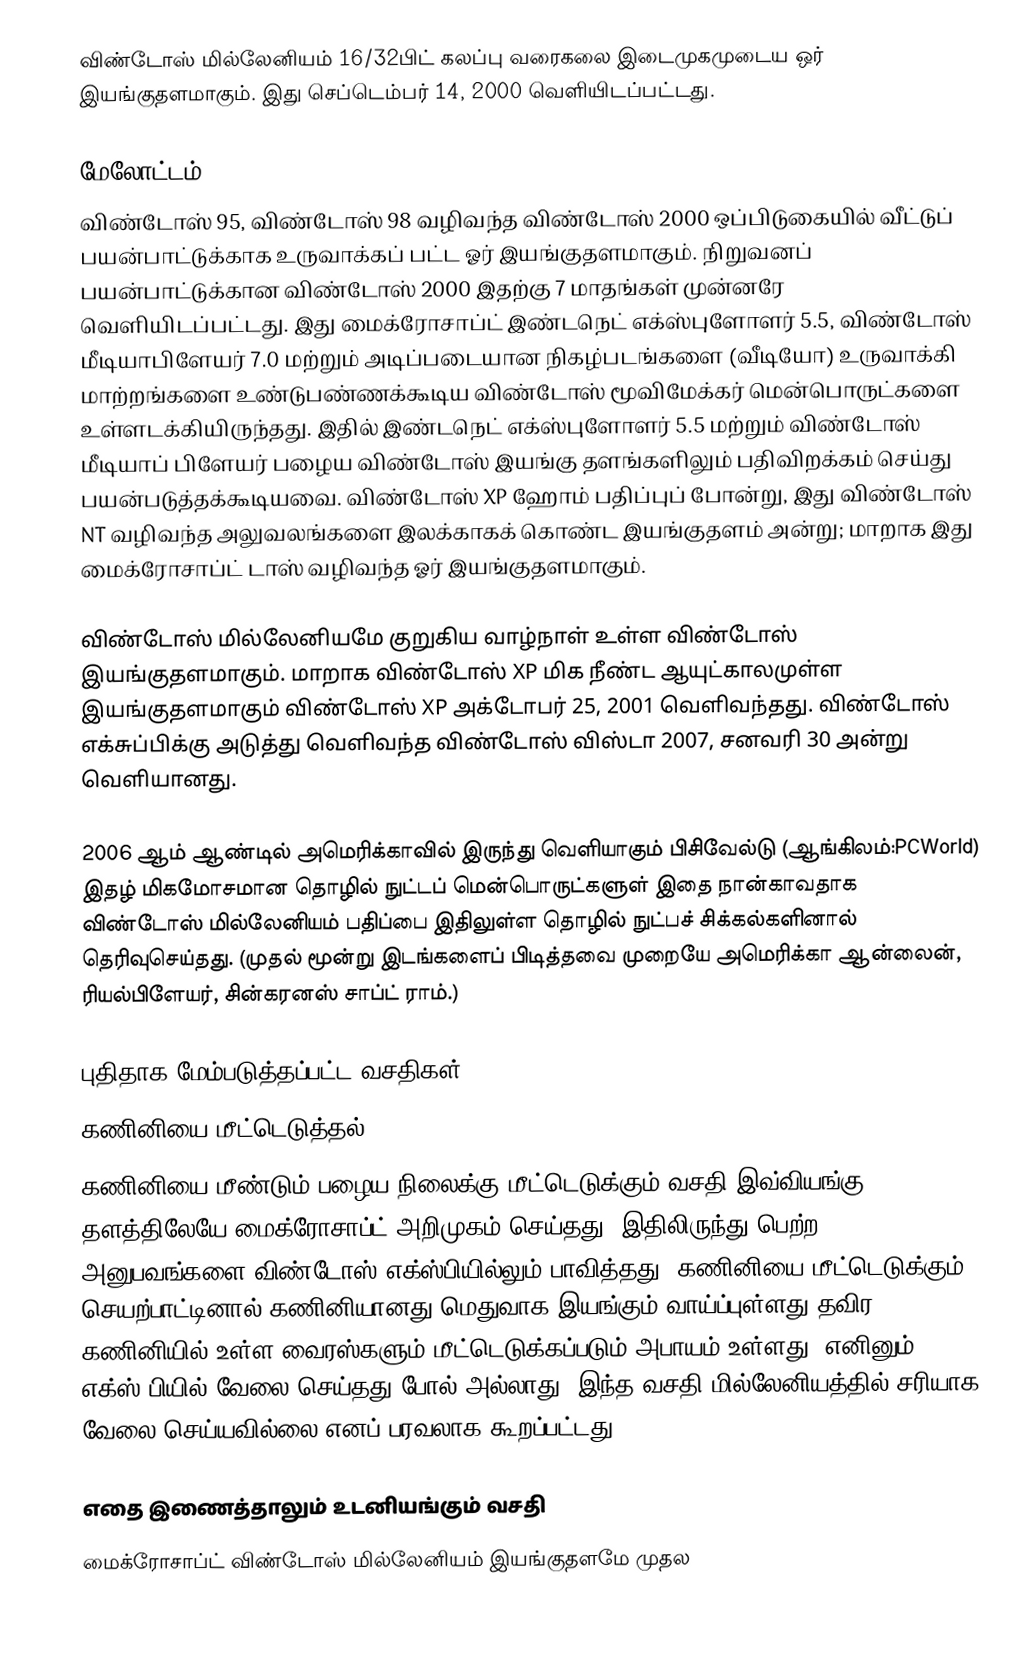
விண்டோஸ் மில்லேனியம் 16/32பிட் கலப்பு வரைகலை இடைமுகமுடைய ஒர் இயங்குதளமாகும். இது செப்டெம்பர் 14, 2000 வெளியிடப்பட்டது.

மேலோட்டம்
விண்டோஸ் 95, விண்டோஸ் 98 வழிவந்த விண்டோஸ் 2000 ஒப்பிடுகையில் வீட்டுப் பயன்பாட்டுக்காக உருவாக்கப் பட்ட ஓர் இயங்குதளமாகும். நிறுவனப் பயன்பாட்டுக்கான விண்டோஸ் 2000 இதற்கு 7 மாதங்கள் முன்னரே வெளியிடப்பட்டது. இது மைக்ரோசாப்ட் இண்டநெட் எக்ஸ்புளோளர் 5.5, விண்டோஸ் மீடியாபிளேயர் 7.0 மற்றும் அடிப்படையான நிகழ்படங்களை (வீடியோ) உருவாக்கி மாற்றங்களை உண்டுபண்ணக்கூடிய விண்டோஸ் மூவிமேக்கர் மென்பொருட்களை உள்ளடக்கியிருந்தது. இதில் இண்டநெட் எக்ஸ்புளோளர் 5.5 மற்றும் விண்டோஸ் மீடியாப் பிளேயர் பழைய விண்டோஸ் இயங்கு தளங்களிலும் பதிவிறக்கம் செய்து பயன்படுத்தக்கூடியவை. விண்டோஸ் XP ஹோம் பதிப்புப் போன்று, இது விண்டோஸ் NT வழிவந்த அலுவலங்களை இலக்காகக் கொண்ட இயங்குதளம் அன்று; மாறாக இது மைக்ரோசாப்ட் டாஸ் வழிவந்த ஓர் இயங்குதளமாகும்.

விண்டோஸ் மில்லேனியமே குறுகிய வாழ்நாள் உள்ள விண்டோஸ் இயங்குதளமாகும். மாறாக விண்டோஸ் XP மிக நீண்ட ஆயுட்காலமுள்ள இயங்குதளமாகும் விண்டோஸ் XP அக்டோபர் 25, 2001 வெளிவந்தது. விண்டோஸ் எக்சுப்பிக்கு அடுத்து வெளிவந்த விண்டோஸ் விஸ்டா 2007, சனவரி 30 அன்று வெளியானது.

2006 ஆம் ஆண்டில் அமெரிக்காவில் இருந்து வெளியாகும் பிசிவேல்டு (ஆங்கிலம்:PCWorld) இதழ் மிகமோசமான தொழில் நுட்டப் மென்பொருட்களுள் இதை நான்காவதாக விண்டோஸ் மில்லேனியம் பதிப்பை  இதிலுள்ள தொழில் நுட்பச் சிக்கல்களினால் தெரிவுசெய்தது. (முதல் மூன்று இடங்களைப் பிடித்தவை முறையே அமெரிக்கா ஆன்லைன், ரியல்பிளேயர், சின்கரனஸ் சாப்ட் ராம்.)

புதிதாக மேம்படுத்தப்பட்ட வசதிகள்
கணினியை மீட்டெடுத்தல்
கணினியை மீண்டும் பழைய நிலைக்கு மீட்டெடுக்கும் வசதி இவ்வியங்கு தளத்திலேயே மைக்ரோசாப்ட் அறிமுகம் செய்தது. இதிலிருந்து பெற்ற அனுபவங்களை விண்டோஸ் எக்ஸ்பியில்லும் பாவித்தது. கணினியை மீட்டெடுக்கும் செயற்பாட்டினால் கணினியானது மெதுவாக இயங்கும் வாய்ப்புள்ளது தவிர கணினியில் உள்ள வைரஸ்களும் மீட்டெடுக்கப்படும் அபாயம் உள்ளது. எனினும், எக்ஸ்.பியில் வேலை செய்தது போல் அல்லாது, இந்த வசதி மில்லேனியத்தில் சரியாக வேலை செய்யவில்லை எனப் பரவலாக கூறப்பட்டது.

எதை இணைத்தாலும் உடனியங்கும் வசதி
மைக்ரோசாப்ட் விண்டோஸ் மில்லேனியம் இயங்குதளமே முதல